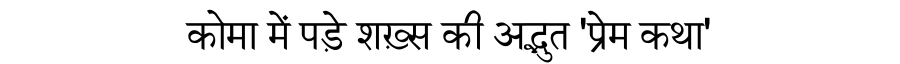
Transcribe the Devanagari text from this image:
कोमा में पड़े शख़्स की अद्भुत 'प्रेम कथा'